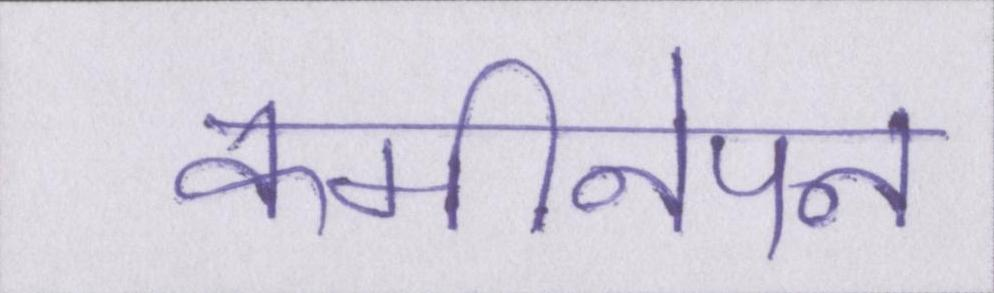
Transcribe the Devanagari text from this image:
कमीनेपन